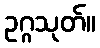
ဥဂ္ဂသုတ်။